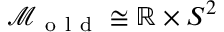
\mathcal { M } _ { \mathrm { ~ o ~ l ~ d ~ } } \cong \mathbb { R } \times S ^ { 2 }